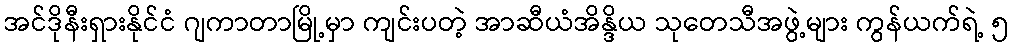
အင်ဒိုနီးရှားနိုင်ငံ ဂျကာတာမြို့မှာ ကျင်းပတဲ့ အာဆီယံအိန္ဒိယ သုတေသီအဖွဲ့များ ကွန်ယက်ရဲ့ ၅